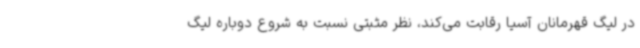
در لیگ قهرمانان آسیا رقابت می‌کند، نظر مثبتی نسبت به شروع دوباره لیگ